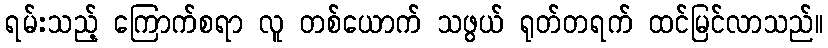
ရမ်းသည့် ကြောက်စရာ လူ တစ်ယောက် သဖွယ် ရုတ်တရက် ထင်မြင်လာသည်။